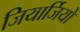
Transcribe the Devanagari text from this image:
जियार्जियो